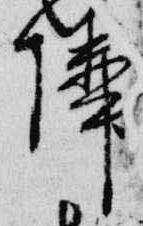
隣